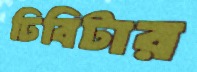
ঢিবিটার